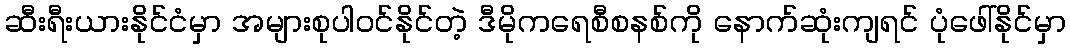
ဆီးရီးယားနိုင်ငံမှာ အများစုပါဝင်နိုင်တဲ့ ဒီမိုကရေစီစနစ်ကို နောက်ဆုံးကျရင် ပုံဖေါ်နိုင်မှာ